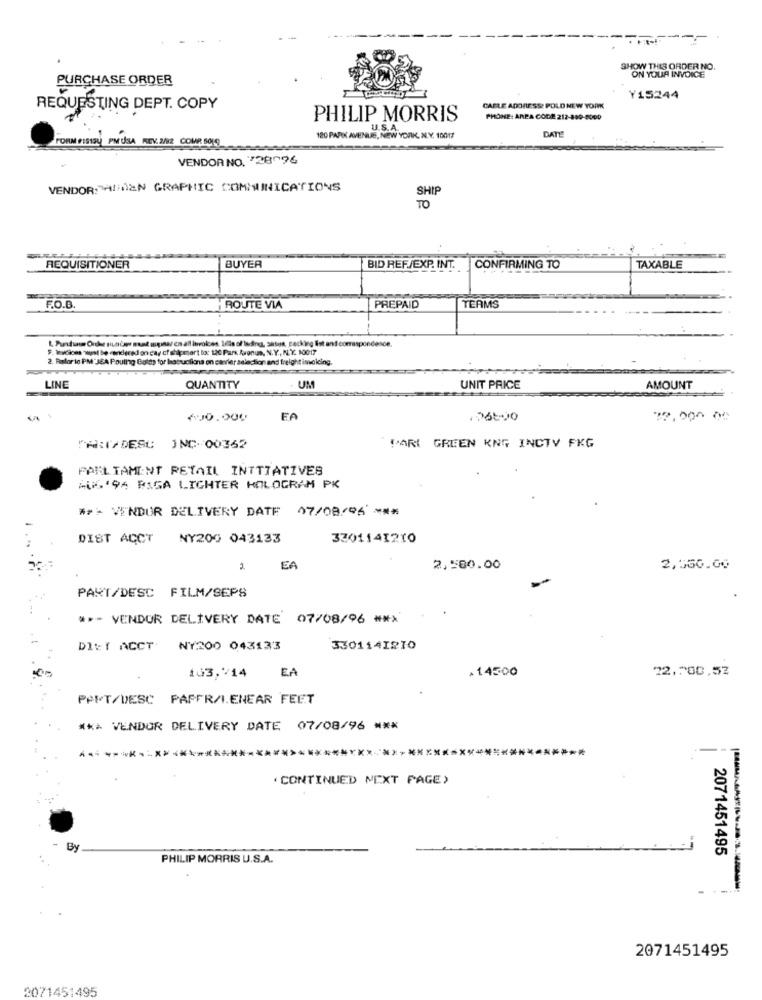
SHOW THIS ORDER NO.
PURCHASE ORDER
ON YOUR INVOICE
Y15244
REQUESTING DEPT. COPY
CABLE ADORESS POLD NEW YORK
PHILIP MORRIS
PHONE: AREA CODE 212-889-8000
U.S.A.
DAYY
FORM PISSY PM USA REV. 2/02 COMP BOY9
120 PARK AVENUE, NEW YORK, N.Y. 10017
VENDOR NO. "28"76
VENDOR:"AMMEN GRAPHIC COMMUNICATIONS
SHIP
TO
REQUISITIONER
BUYER
BID REF./EXP. INT.
CONFIRMING TO
TAXABLE
F.O.B.
ROUTE VIA
PREPAID
TERMS
1. Putune Order under suat augpaar on all invoices. Les of lading, satue, packing list and correspondence.
5. Tudices west be rendered on cay cf shipmart loc LAC Park Arenue, N.Y ., N.Y. 10017
or to PM"JEA Poull'ag Ggles for latructions on carrier selection and freightimolding.
LINE
QUANTITY
UM
UNIT PRICE
AMOUNT
600.000
FA
19.000 00
re:r/ DESU JNC-00362
PARI GREEN KNG INCTV FKG
PARLIAMENT RETAIL INITIATIVES
MUG'94 PIGA LIGHTER HOLOGRAM PK
*** VENDUR DELIVERY DATE 07/08/96 ***
DIST ACCT
NY200 043133
3301141210
2
EA
2,580.00
2,550.00
PART/DESC FILM/SEPS
**- VENDOR DELIVERY DATE 07/08/96 ****
DIET ACCT
NY200 043133
3301141210
EA
.14500
22,288.52
103.714
PART/DESC PAPFR/I.ENEAR FEET
*** VENDOR DELIVERY DATE 07/08/96 ***
' CONTINUED NEXT PAGE)
By
2071451495
PHILIP MORRIS U.S.A.
2071451495
2071451495